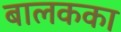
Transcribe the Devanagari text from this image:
बालकका